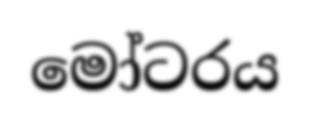
මෝටරය